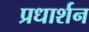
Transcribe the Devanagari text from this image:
प्रधार्शन